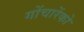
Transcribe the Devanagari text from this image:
गोंचारेंको